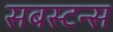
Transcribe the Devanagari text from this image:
सबस्टन्स